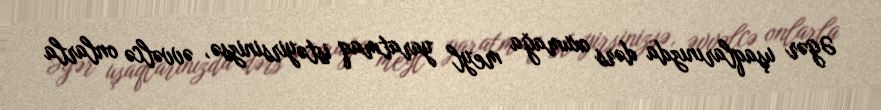
Əgər uşaqlarınızda dərs oxumağa meyl yaratmaq istəyirsinizsə, əvvəlcə onlarla